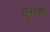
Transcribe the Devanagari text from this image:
सूक्तही